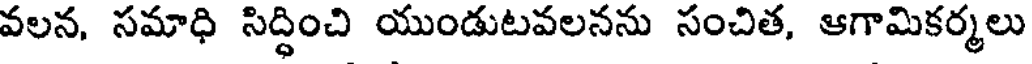
వలన, సమాధి సిద్ధించి యుండుటవలనను సంచిత, ఆగామికర్మలు